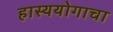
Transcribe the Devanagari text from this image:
हास्ययोगाचा